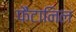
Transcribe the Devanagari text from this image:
फैंटानिल